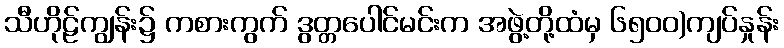
သီဟိုဠ်ကျွန်း၌ ကစားကွက် ဒွတ္တပေါင်မင်းက အဖွဲ့တို့ထံမှ ၆၅၀၀)ကျပ်နှုန်း